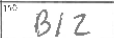
Transcription: BIZ